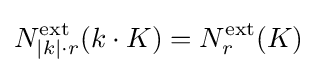
N_{|k|\cdot r}^{\text{ext}}(k\cdot K)=N_{r}^{\text{ext}}(K)